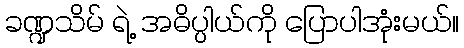
ခဏ္ဍသိမ် ရဲ့ အဓိပ္ပါယ်ကို ပြောပါအုံးမယ်။